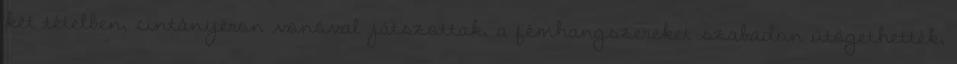
két tételben, cintányéron vonóval játszottak, a fémhangszereket szabadon ütögethették,